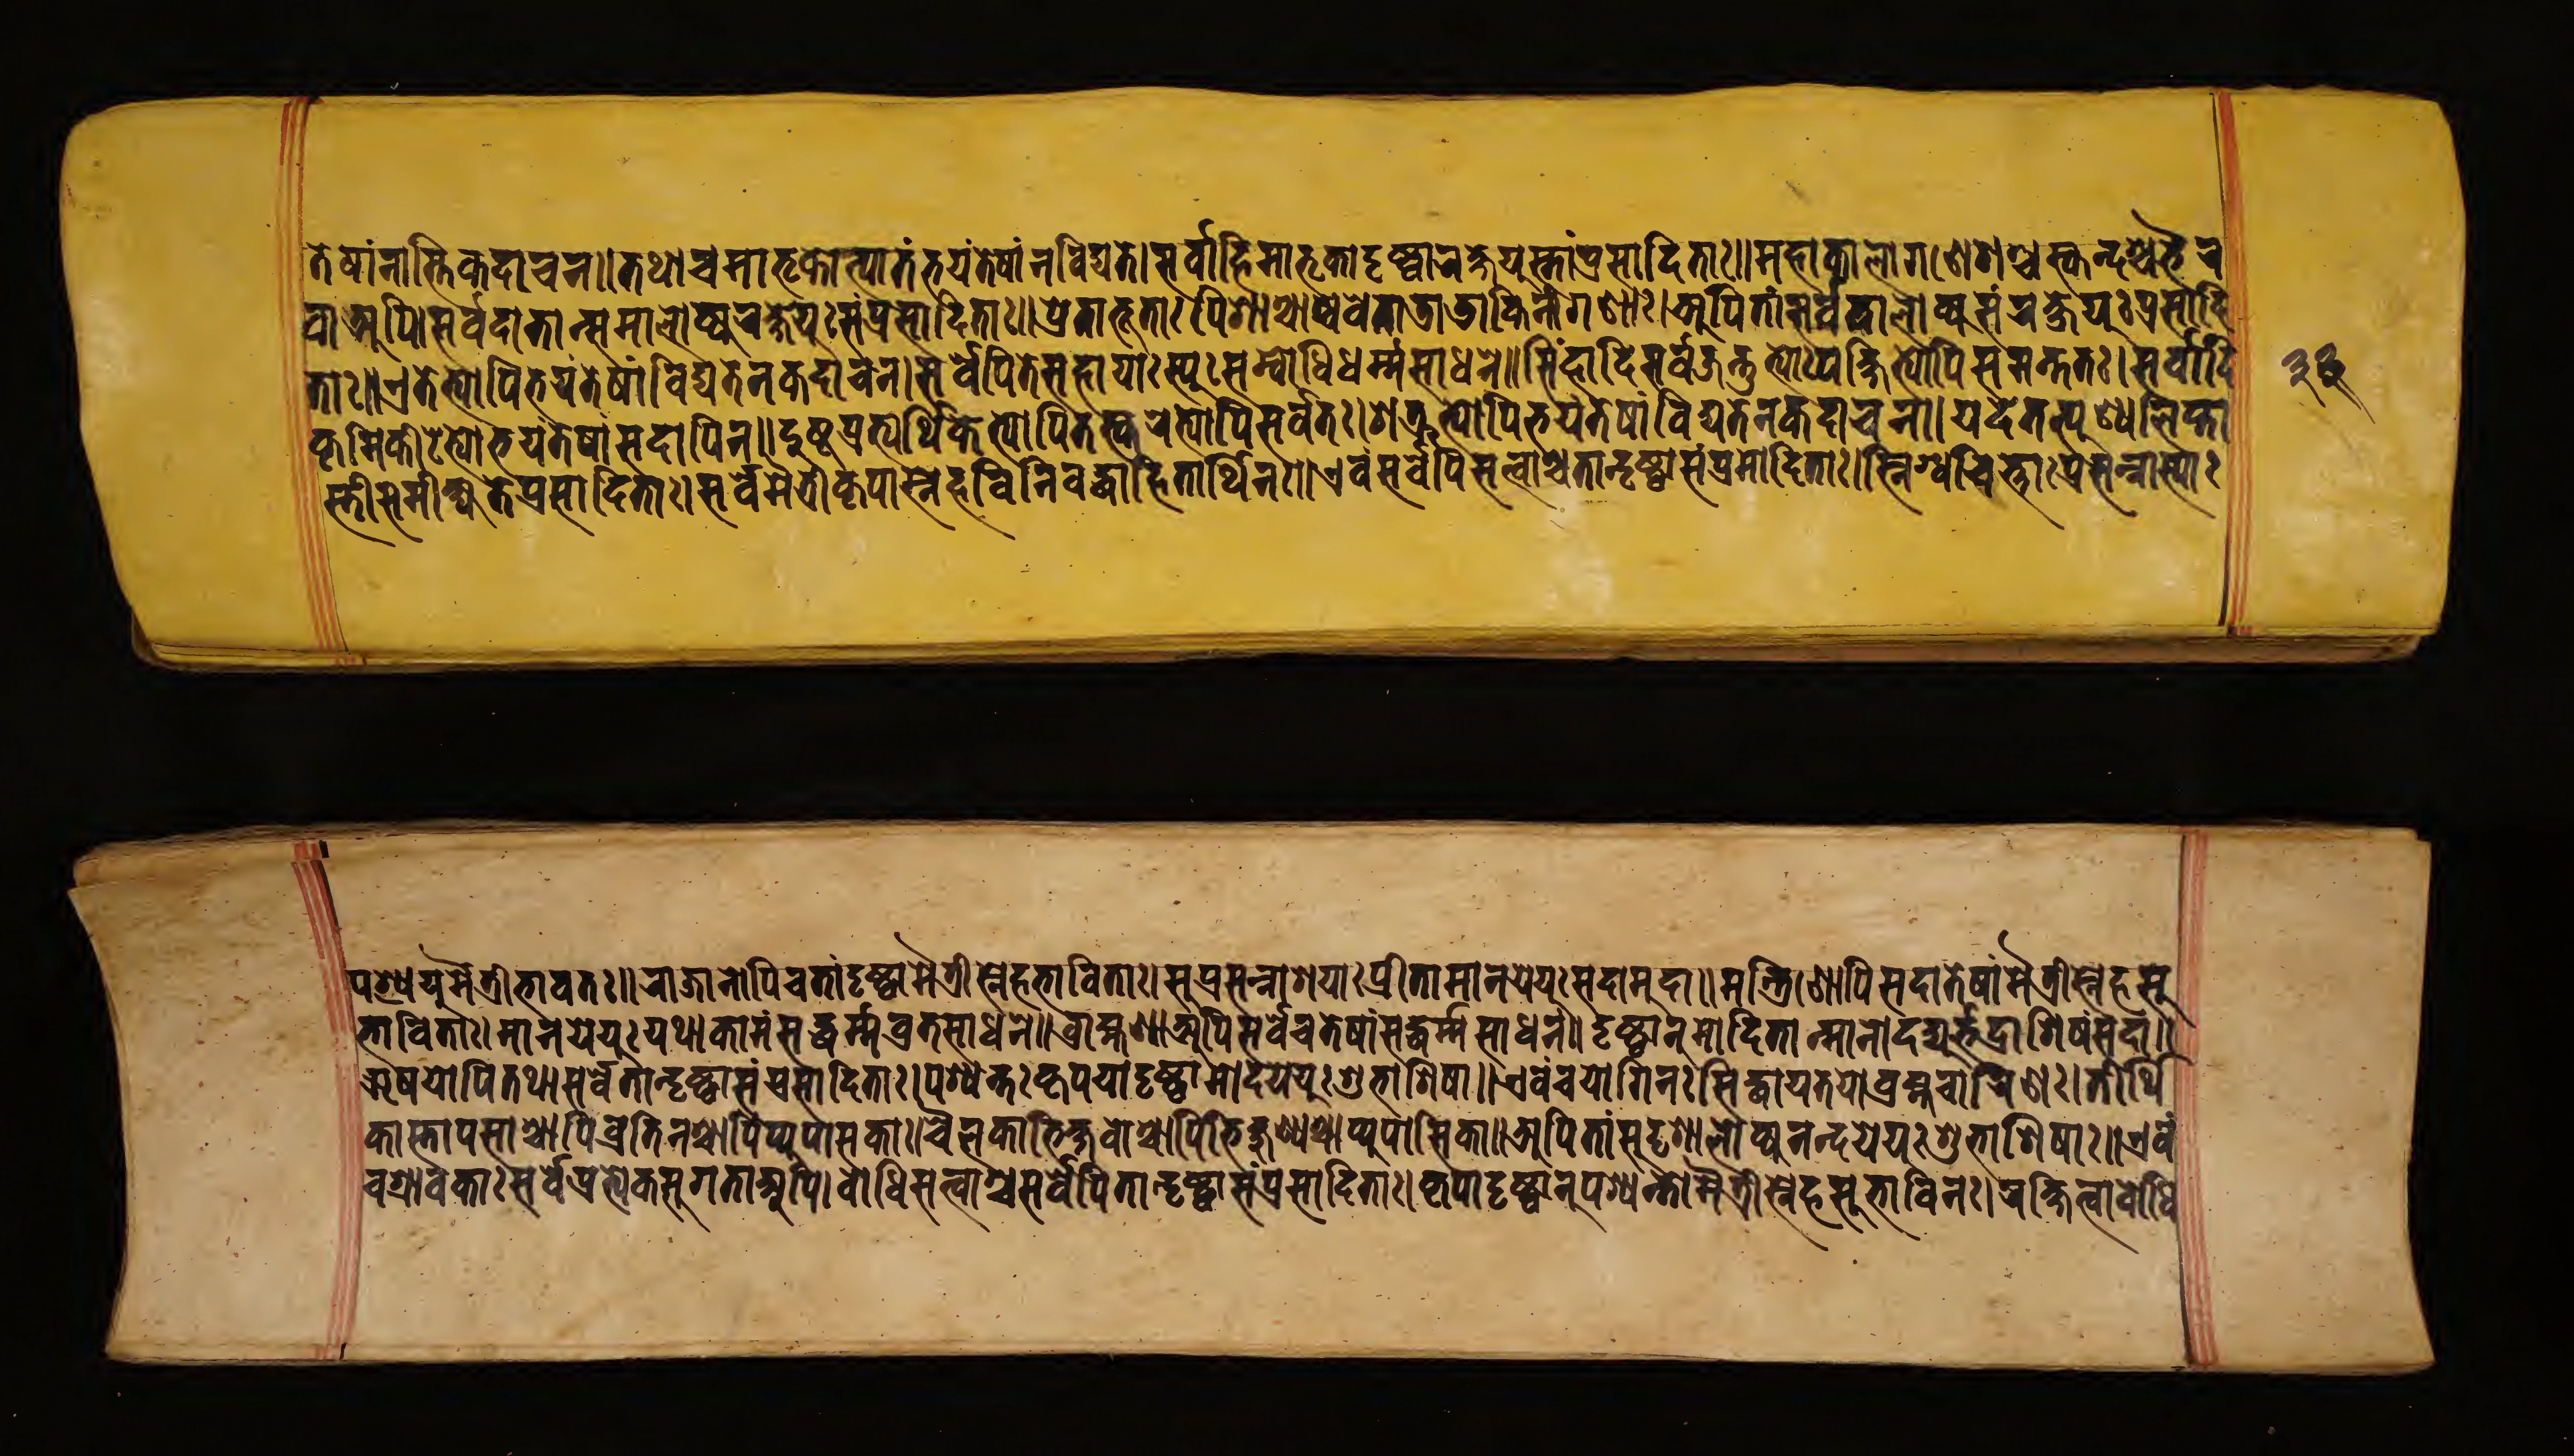
𑐟𑐾𑐲𑐵𑑄𑐣𑐵𑐳𑑂𑐟𑐶𑐎𑐡𑐵𑐔𑐣॥𑐟𑐠𑐵𑐔𑐩𑐵𑐟𑐺𑐎𑑀𑐟𑑂𑐥𑐵𑐟𑑄𑐨𑐫𑑄𑐟𑐾𑐲𑐵𑑄𑐣𑐰𑐶𑐡𑑂𑐫𑐟𑐾।𑐳𑐬𑑂𑐰𑐵𑐴𑐶𑐩𑐵𑐟𑐺𑐎𑐵𑐣𑑂𑐡𑐺𑐲𑑂𑐚𑑂𑐰𑐵𑐬𑐎𑑂𑐲𑐾𑐫𑐸𑐳𑑂𑐟𑐵𑑄𑐥𑑂𑐬𑐳𑐵𑐡𑐶𑐟𑐵𑑅॥𑐩𑐴𑐵𑐎𑐵𑐮𑑀𑐐𑐞𑐾𑐱𑐳𑑂𑐎𑐣𑑂𑐡𑐱𑑂𑐔𑐨𑐿𑐬 𑐰𑐵𑐀𑐥𑐶।𑐳𑐬𑑂𑐰𑐡𑐵𑐟𑐵𑐣𑑂𑐳𑐩𑐵𑐮𑑀𑐎𑑂𑐫𑐬𑐎𑑂𑐲𑐾𑐫𑐸𑑅𑐳𑑄𑐥𑑂𑐬𑐳𑐵𑐡𑐶𑐟𑐵𑑅॥𑐥𑑂𑐬𑐾𑐟𑐵𑐨𑐹𑐟𑐵𑑅𑐥𑐶𑐱𑐵𑐱𑑂𑐔𑐵𑐱𑑂𑐔𑐰𑐾𑐟𑐵𑐜𑐵𑐜𑐵𑐎𑐶𑐣𑐷𑐐𑐞𑐵𑑅।𑐀𑐥𑐶𑐟𑐵𑐣𑑂𑐳𑐬𑑂𑐰𑐡𑐵𑐮𑑀𑐎𑑂𑐫𑐳𑑄𑐬𑐎𑑂𑐲𑐾𑐫𑐸𑑅𑐥𑑂𑐬𑐳𑐵𑐡𑐶 𑐟𑐵𑑅॥𑐟𑐾𑐨𑑂𑐫𑑀𑐥𑐶𑐨𑐫𑐣𑑂𑐟𑐾𑐲𑐵𑑄𑐰𑐶𑐡𑑂𑐫𑐟𑐾𑐣𑐎𑐡𑐵𑐔𑐣।𑐳𑐬𑑂𑐰𑐾𑐥𑐶𑐬𑑂𑐟𑐾𑐳𑐴𑐵𑐫𑐵𑑅𑐳𑑂𑐫𑐸𑐳𑑄𑐰𑑀𑐢𑐶𑐢𑐬𑑂𑐩𑑂𑐩𑐳𑐵𑐢𑐣𑐾॥𑐳𑐶𑑄𑐴𑐵𑐡𑐶𑐳𑐬𑑂𑐰𑐖𑐣𑑂𑐟𑐸𑐨𑑂𑐫𑑀𑑅𑐥𑐎𑑂𑐲𑐶𑐨𑑂𑐫𑑀𑐥𑐶𑐳𑐩𑐣𑑂𑐟𑐟𑑅।𑐳𑐬𑑂𑐰𑐵𑐡𑐶 𑐎𑐺𑐩𑐶𑐎𑐷𑐚𑐾𑐨𑑂𑐫𑑀𑐨𑐫𑐣𑑂𑐟𑐾𑐲𑐵𑑄𑐳𑐡𑐵𑐥𑐶𑐣॥𑐡𑐸𑐲𑑂𑐚𑐥𑑂𑐬𑐟𑑂𑐫𑐬𑑂𑐠𑐶𑐎𑐾𑐨𑑂𑐫𑑀𑐥𑐶𑐟𑐳𑑂𑐎𑐬𑐾𑐨𑑂𑐫𑑀𑐥𑐶𑐳𑐬𑑂𑐰𑐟𑑅।𑐱𑐟𑑂𑐬𑐸𑐨𑑂𑐫𑑀𑐥𑐶𑐨𑐫𑐣𑑂𑐟𑐾𑐲𑐵𑑄𑐰𑐶𑐡𑑂𑐫𑐟𑐾𑐣𑐎𑐡𑐵𑐔𑐣𑐵॥𑐫𑐡𑐾𑐟𑐟𑑂𑐥𑐸𑐞𑑂𑐫𑐮𑐶𑐥𑑂𑐟𑐵 𑐳𑑂𑐟𑐵𑑄𑐳𑐩𑐷𑐎𑑂𑐲𑑂𑐫𑐟𑐾𑐥𑑂𑐬𑐳𑐵𑐡𑐶𑐟𑐵𑑅।𑐳𑐬𑑂𑐰𑐾𑐩𑐿𑐟𑑂𑐬𑐷𑐎𑐺𑐥𑐵𑐳𑑂𑐣𑐾𑐴𑐣𑐶𑐰𑐡𑑂𑐢𑐵𑑅𑐳𑑂𑐫𑐸𑐴𑐶𑐟𑐵𑐬𑑂𑐠𑐶𑐣𑑅॥𑐊𑐰𑑄𑐳𑐬𑑂𑐰𑐾𑐥𑐶𑐳𑐟𑑂𑐰𑐵𑐳𑑂𑐟𑐵𑐣𑑂𑐡𑐺𑐲𑑂𑐚𑑂𑐰𑐵𑐳𑑄𑐥𑑂𑐬𑐳𑐵𑐡𑐶𑐟𑐵𑑅॥𑐳𑑂𑐣𑐶𑐐𑑂𑐢𑐔𑐶𑐎𑑂𑐟𑐵𑐥𑑂𑐬𑐳𑐣𑑂𑐣𑐵𑐳𑑂𑐫𑐵𑑅 𑐥𑐱𑑂𑐫𑐾𑐫𑐸𑐩𑐿𑐟𑑂𑐬𑐷𑐨𑐵𑐰𑐟𑑅॥𑐬𑐵𑐖𑐵𑐣𑑀𑐥𑐶𑐔𑐟𑐵𑐣𑑂𑐡𑐺𑐲𑑂𑐚𑑂𑐰𑐵𑐩𑐿𑐟𑑂𑐬𑐷𑐳𑑂𑐣𑐾𑐴𑐳𑐨𑐵𑐰𑐶𑐟𑐵𑑅।𑐳𑐸𑐥𑑂𑐬𑐳𑐣𑑂𑐣𑐵𑐱𑐫𑐵𑑅𑐥𑑂𑐬𑐷𑐟𑐵𑐩𑐵𑐣𑐫𑐾𑐫𑐸𑑅𑐳𑐡𑐵𑐩𑐸𑐡𑐵॥𑐩𑐣𑑂𑐟𑑂𑐬𑐷𑐞𑑀𑐥𑐶𑐳𑐡𑐵𑐟𑐾𑐲𑐵𑑄𑐩𑐿𑐟𑑂𑐬𑐷𑐳𑑂𑐣𑐾𑐴𑐳𑐸 𑐨𑐵𑐰𑐶𑐟𑐵𑑅।𑐩𑐵𑐣𑐫𑐾𑐫𑐸𑑅𑐫𑐠𑐵𑐎𑐵𑐩𑑄𑐳𑐡𑑂𑐢𑐬𑑂𑐩𑑂𑐩𑐰𑑂𑐬𑐟𑐳𑐵𑐢𑐣𑑄॥𑐧𑑂𑐬𑐵𑐩𑑂𑐴𑐞𑐵𑐀𑐥𑐶𑐳𑐬𑑂𑐰𑐾𑐔𑐟𑐾𑐲𑐵𑑄𑐳𑐡𑑂𑐢𑐬𑑂𑐩𑑂𑐩𑐳𑐵𑐢𑐣𑑄॥𑐡𑐺𑐲𑑂𑐚𑑂𑐰𑐵𑐣𑐸𑐩𑑀𑐡𑐶𑐟𑐵𑐟𑑂𑐩𑐵𑐣𑑀𑐡𑐢𑐸𑐨𑐡𑑂𑐬𑐵𑐱𑐶𑐰𑑄𑐳𑐡𑐵॥ 𑐆𑐲𑐫𑑀𑐥𑐶𑐟𑐠𑐵𑐳𑐬𑑂𑐰𑐾𑐟𑐵𑑄𑐡𑐺𑐲𑑂𑐚𑑂𑐰𑐵𑐳𑑄𑐥𑑂𑐬𑐳𑐵𑐡𑐶𑐟𑐵𑑅।𑐥𑐱𑑂𑐫𑐣𑑂𑐟𑑅𑐎𑐺𑐥𑐫𑐵𑐡𑐺𑐲𑑂𑐚𑑂𑐰𑐵𑐩𑑀𑐡𑐫𑐾𑐫𑐸𑑅𑐳𑐸𑐨𑐵𑐱𑐶𑐲𑐵॥𑐊𑐰𑑄𑐔𑐫𑑀𑐐𑐶𑐣𑑅𑐳𑐶𑐡𑑂𑐢𑐵𑐫𑐟𑐫𑑀𑐧𑑂𑐬𑐩𑑂𑐴𑐔𑐵𑐬𑐶𑐞𑑅।𑐟𑐷𑐬𑑂𑐠𑐶 𑐎𑐵𑐳𑑂𑐟𑐵𑐥𑐳𑐵𑐱𑑂𑐔𑐵𑐥𑐶𑐰𑑂𑐬𑐟𑐶𑐣𑐱𑑂𑐔𑐵𑐥𑑂𑐫𑐸𑐥𑐵𑐳𑐎𑐵𑑅॥𑐔𑐿𑐬𑐎𑐵𑐨𑐶𑐎𑑂𑐲𑐰𑑀𑐱𑑂𑐔𑐵𑐥𑐶𑐨𑐶𑐎𑑂𑐲𑐸𑐞𑑂𑐫𑐱𑑂𑐔𑐵𑐥𑑂𑐫𑐸𑐥𑐵𑐳𑐶𑐎𑐵॥𑐀𑐥𑐶𑐟𑐵𑑄𑐳𑐸𑐡𑐺𑐱𑐵𑐮𑑀𑐎𑑂𑐫𑐣𑐣𑑂𑐡𑐫𑐾𑐫𑐸𑑅𑐱𑐸𑐨𑐵𑐱𑐶𑐲𑐵𑑅॥𑐊𑐰𑑄 𑐔𑐱𑑂𑐬𑐵𑐰𑐎𑐵𑑅𑐳𑐬𑑂𑐰𑐾𑐥𑑂𑐬𑐟𑑂𑐫𑐾𑐎𑐳𑐸𑐐𑐟𑐵𑐀𑐥𑐶।𑐧𑑀𑐢𑐶𑐳𑐟𑑂𑐰𑐵𑐱𑑂𑐔𑐳𑐬𑑂𑐰𑐾𑐥𑐶𑐟𑐵𑐣𑑂𑐡𑐺𑐲𑑂𑐚𑑂𑐰𑐵𑐳𑑄𑐥𑑂𑐬𑐳𑐵𑐡𑐶𑐟𑐵𑑅॥𑐎𑐺𑐥𑐫𑐵𑐡𑐺𑐲𑑂𑐚𑐰𑐵𑐣𑐸𑐥𑐱𑑂𑐫𑐣𑑂𑐟𑑀𑐩𑐿𑐟𑑂𑐬𑐷𑐳𑑂𑐣𑐾𑐴𑐳𑐸𑐨𑐵𑐰𑐶𑐣𑑅।𑐬𑐎𑑂𑐲𑐶𑐟𑑂𑐰𑐵𑐧𑑀𑐢𑐶 𑑓𑑓